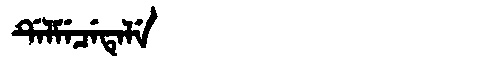
Manchu: ᡩᡝᠯᠮᡝᠴᡝᡨᡝᠯᡝ
Romanization: DELMECETELE